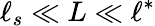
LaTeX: \ell_{s}\ll L\ll\ell^{\ast}